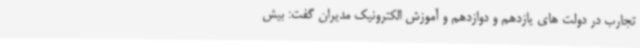
تجارب در دولت های یازدهم و دوازدهم و آموزش الکترونیک مدیران گفت: بیش